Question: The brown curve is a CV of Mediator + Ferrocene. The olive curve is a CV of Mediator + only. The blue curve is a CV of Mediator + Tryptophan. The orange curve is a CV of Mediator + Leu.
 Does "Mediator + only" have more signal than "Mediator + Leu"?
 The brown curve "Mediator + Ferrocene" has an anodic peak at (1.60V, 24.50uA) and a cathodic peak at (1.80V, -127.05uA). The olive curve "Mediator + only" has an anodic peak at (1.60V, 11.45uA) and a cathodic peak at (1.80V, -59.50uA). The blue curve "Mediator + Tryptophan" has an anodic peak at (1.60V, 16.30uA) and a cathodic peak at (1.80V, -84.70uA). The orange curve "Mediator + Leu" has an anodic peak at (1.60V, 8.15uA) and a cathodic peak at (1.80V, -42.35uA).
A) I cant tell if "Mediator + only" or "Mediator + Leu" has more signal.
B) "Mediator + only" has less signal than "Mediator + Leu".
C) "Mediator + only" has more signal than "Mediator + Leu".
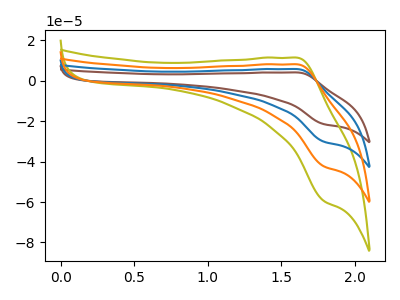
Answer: <think>All the peaks in "Mediator + only" have a peak in "Mediator + Leu" at the same potential. Every peak in "Mediator + only" is higher than every peak in "Mediator + Leu".
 </think>
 <answer>C) "Mediator + only" has more signal than "Mediator + Leu".</answer>
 <eval>C</eval>